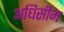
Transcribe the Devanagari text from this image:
अधिसीम